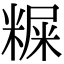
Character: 𥻐